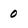
Character: 0